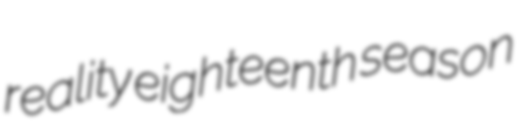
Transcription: reality eighteenth season